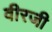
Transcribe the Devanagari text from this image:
वीरजी